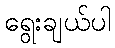
ရွေးချယ်ပါ